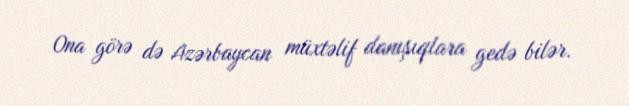
Ona görə də Azərbaycan müxtəlif danışıqlara gedə bilər.